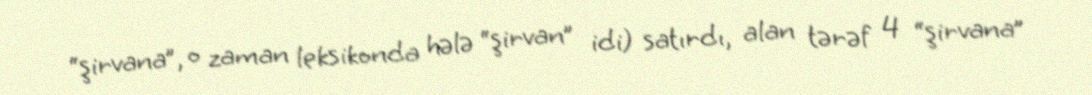
“şirvana”, o zaman leksikonda hələ “şirvan” idi) satırdı, alan tərəf 4 “şirvana”